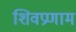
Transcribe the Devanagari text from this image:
शिवप्रणाम